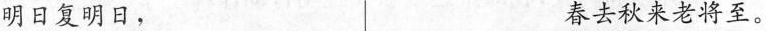
明日复明日， 春去秋来老将至。